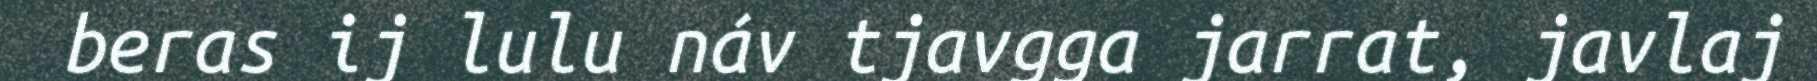
beras ij lulu náv tjavgga jarrat, javlaj